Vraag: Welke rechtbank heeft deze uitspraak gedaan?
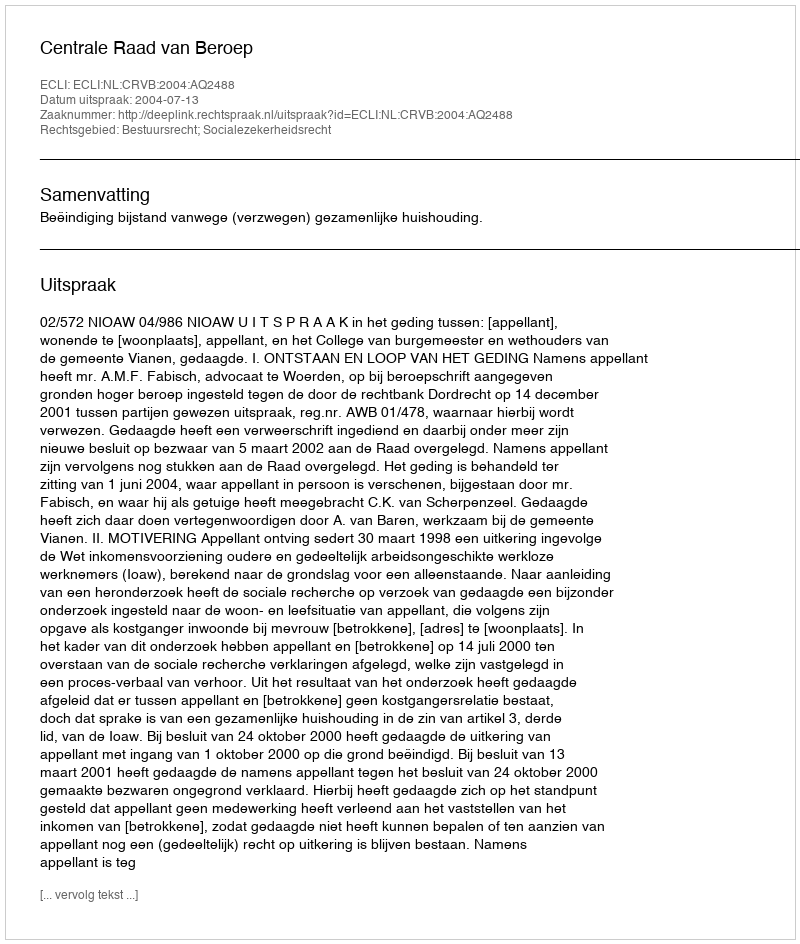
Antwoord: Centrale Raad van Beroep